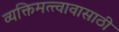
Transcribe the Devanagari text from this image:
व्यक्तिमत्त्वावासाठी